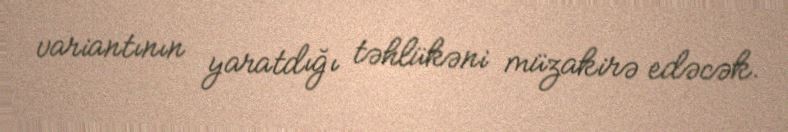
variantının yaratdığı təhlükəni müzakirə edəcək.